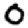
Digit: 0